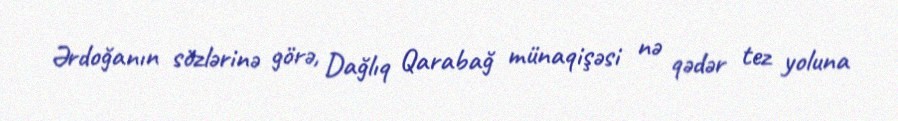
Ərdoğanın sözlərinə görə, Dağlıq Qarabağ münaqişəsi nə qədər tez yoluna